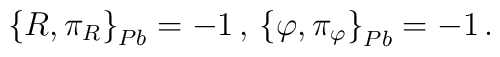
\left\{R, \pi_R\right\}_{Pb} =-1 \, , \, \left\{\varphi ,\pi_\varphi \right\}_{Pb} =-1 \, .